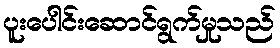
ပူးပေါင်းဆောင်ရွက်မှုသည်